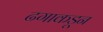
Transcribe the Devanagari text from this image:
ढगाकडून